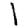
Digit: 1